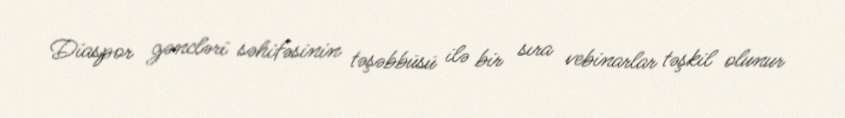
Diaspor gəncləri səhifəsinin təşəbbüsü ilə bir sıra vebinarlar təşkil olunur